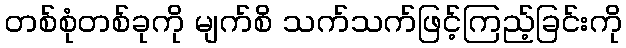
တစ်စုံတစ်ခုကို မျက်စိ သက်သက်ဖြင့်ကြည့်ခြင်းကို